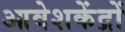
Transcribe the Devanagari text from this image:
आवेशकेंद्रों